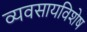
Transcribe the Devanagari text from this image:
व्यवसायविशेष